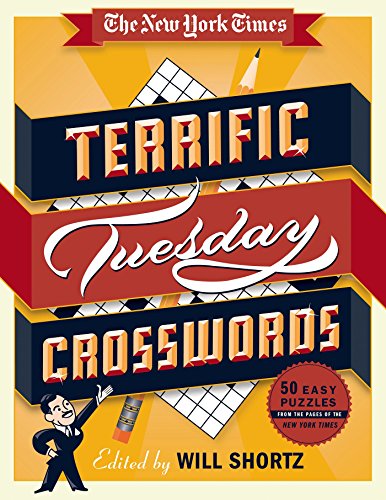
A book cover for The New York Times Terrific Tuesday Crosswords: 50 Easy Puzzles from the Pages of The New York Times; The New York Times; Humor & Entertainment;